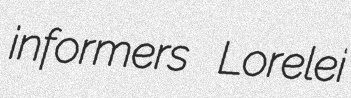
informers Lorelei